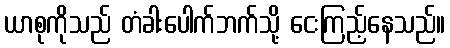
ယာစုကိုသည် တံခါးပေါက်ဘက်သို့ ငေးကြည့်နေသည်။